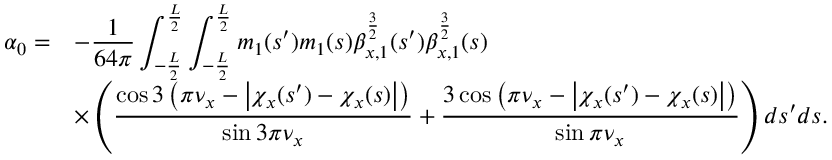
\begin{array} { c l } { \displaystyle \alpha _ { 0 } = } & { \displaystyle - \frac { 1 } { 6 4 \pi } \int _ { - \frac { L } { 2 } } ^ { \frac { L } { 2 } } { \int _ { - \frac { L } { 2 } } ^ { \frac { L } { 2 } } { m _ { 1 } ( s ^ { \prime } ) m _ { 1 } ( s ) \beta _ { x , 1 } ^ { \frac { 3 } { 2 } } ( s ^ { \prime } ) \beta _ { x , 1 } ^ { \frac { 3 } { 2 } } ( s ) } } } \\ & { \displaystyle \times \left( \frac { \cos { 3 \left( \pi \nu _ { x } - \left| \chi _ { x } ( s ^ { \prime } ) - \chi _ { x } ( s ) \right| \right) } } { \sin { 3 \pi \nu _ { x } } } + \frac { 3 \cos { \left( \pi \nu _ { x } - \left| \chi _ { x } ( s ^ { \prime } ) - \chi _ { x } ( s ) \right| \right) } } { \sin { \pi \nu _ { x } } } \right) d s ^ { \prime } d s . } \end{array}